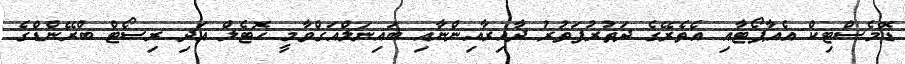
ޑޮމެސްޓިކް އެއާޕޯޓާއި އެތެރޭގެ ދަތުރުފަތުރު ދާއިރާއިންނާއި ބައިނަލްއަގްވާމީ ހޮޓެލް އަދި ރިސޯޓް ބްރޭންޑްގެ